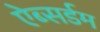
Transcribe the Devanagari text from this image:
ऐब्सर्डम